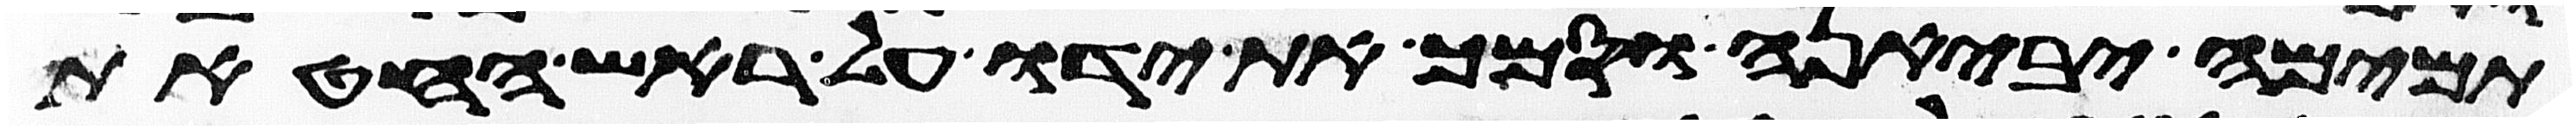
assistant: תמימה יביאנה וסמך את ידו על ראש החטאת